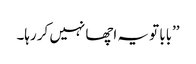
’’بابا تو یہ اچھا نہیں کر رہا۔